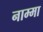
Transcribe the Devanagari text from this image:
नाम्मा